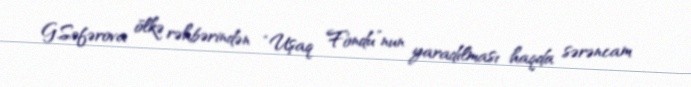
G.Səfərova ölkə rəhbərindən “Uşaq Fondu”nun yaradılması haqda sərəncam